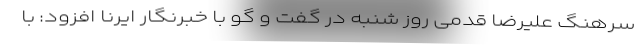
سرهنگ علیرضا قدمی روز شنبه در گفت و گو با خبرنگار ایرنا افزود: با